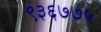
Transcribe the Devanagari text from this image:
९३६७७५